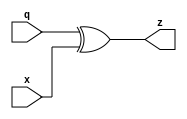
module nrzi_og
(
	input x, q,
	output z
);
assign z = q ^ x;
//assign z = ~q & x | q & ~x;
//assign z = ~x & ~q | x & q;
endmodule